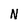
Character: N